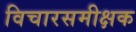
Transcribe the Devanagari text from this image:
विचारसमीक्षक